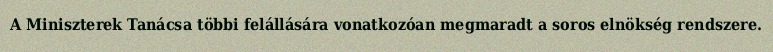
A Miniszterek Tanácsa többi felállására vonatkozóan megmaradt a soros elnökség rendszere.